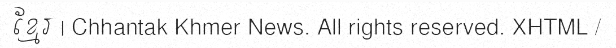
ខ្មែរ | Chhantak Khmer News. All rights reserved. XHTML /